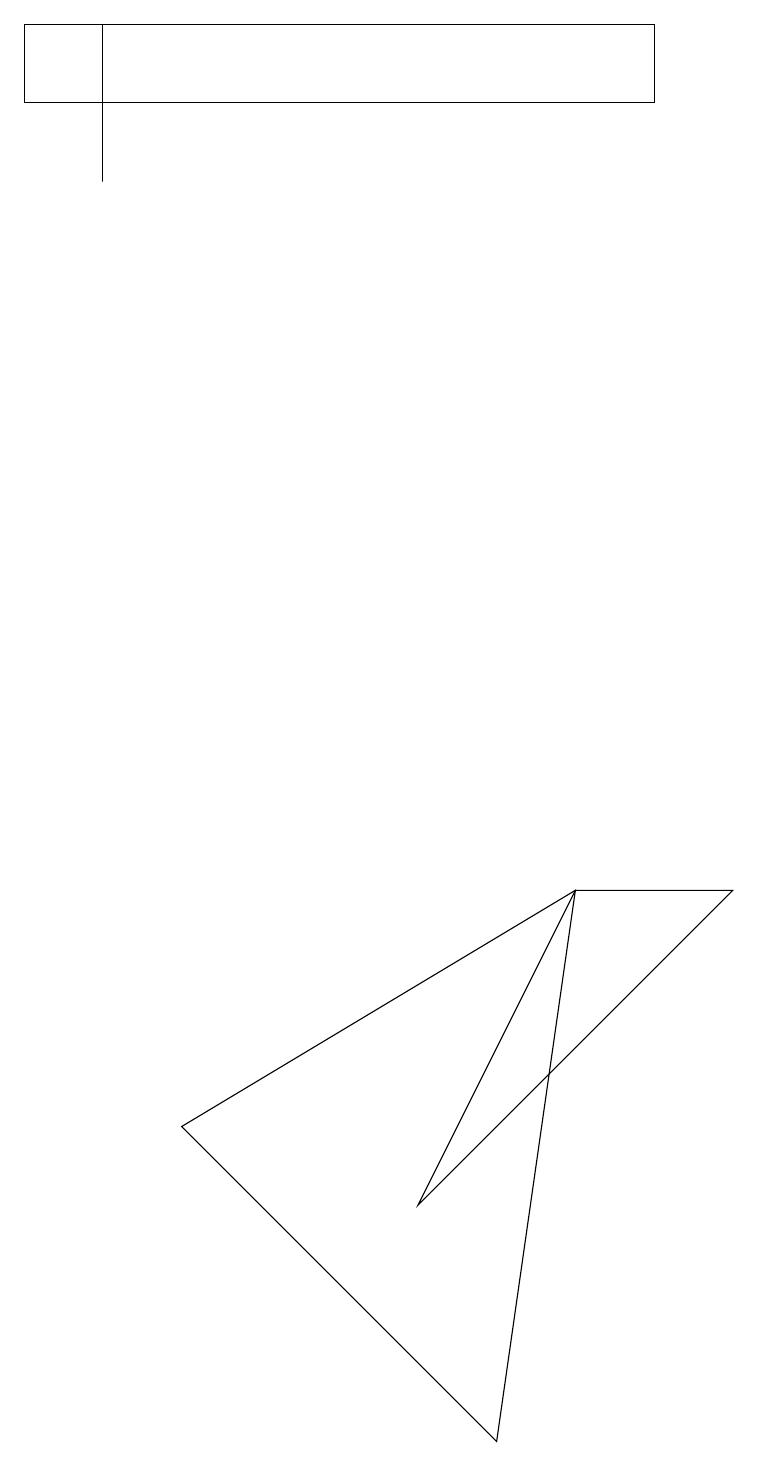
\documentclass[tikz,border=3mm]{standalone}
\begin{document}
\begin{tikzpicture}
\draw (1,19) rectangle (1,17);
\draw (7,8) -- (5,4) -- (9,8) -- cycle;
\draw (8,19) rectangle (0,18);
\draw (7,8) -- (2,5) -- (6,1) -- cycle;
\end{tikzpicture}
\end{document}